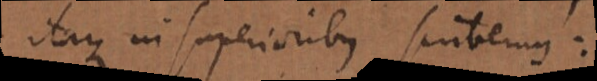
Itaque in superioribus scribemus: